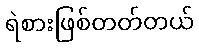
ရဲစားဖြစ်တတ်တယ်